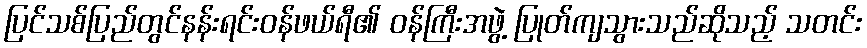
ပြင်သစ်ပြည်တွင်နန်းရင်းဝန်ဖယ်ရီ၏ ဝန်ကြီးအဖွဲ့ ပြုတ်ကျသွားသည်ဆိုသည့် သတင်း